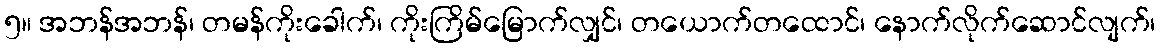
၅။ အဘန်အဘန်၊ တမန်ကိုးခေါက်၊ ကိုးကြိမ်မြောက်လျှင်၊ တယောက်တထောင်၊ နောက်လိုက်ဆောင်လျက်၊